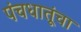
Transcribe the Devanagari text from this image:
पंचधातूंचा